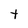
Character: t